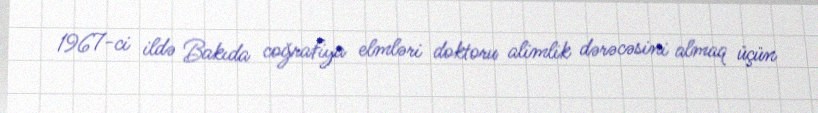
1967-ci ildə Bakıda coğrafiya elmləri doktoru alimlik dərəcəsini almaq üçün